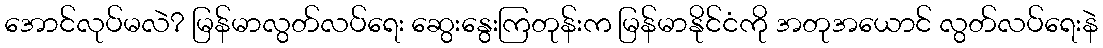
အောင်လုပ်မလဲ? မြန်မာလွတ်လပ်ရေး ဆွေးနွေးကြတုန်းက မြန်မာနိုင်ငံကို အတုအယောင် လွတ်လပ်ရေးနဲ